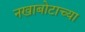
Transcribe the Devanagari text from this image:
नखाबोटाच्या